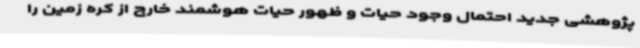
پژوهشی جدید احتمال وجود حیات و ظهور حیات هوشمند خارج از کره زمین را